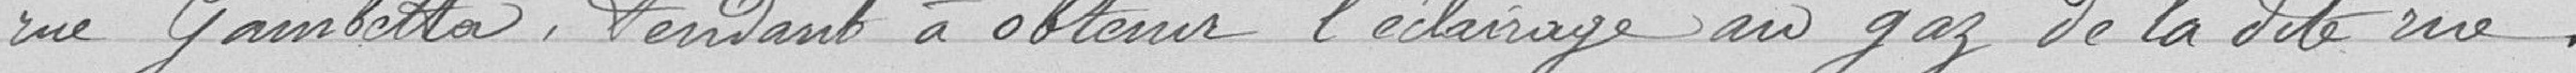
rue Gambetta, tendent à obtenir l'éclairage au gaz de la dite rue.